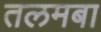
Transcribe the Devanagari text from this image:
तलमबा